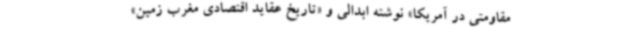
مقاومتی در آمریکا» نوشته ابدالی و «تاریخ عقاید اقتصادی مغرب زمین»